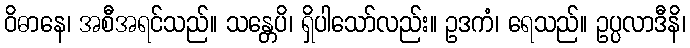
ဝိဓာနေ၊ အစီအရင်သည်။ သန္တေပိ၊ ရှိပါသော်လည်း။ ဥဒကံ၊ ရေသည်။ ဥပ္ပလာဒီနိ၊